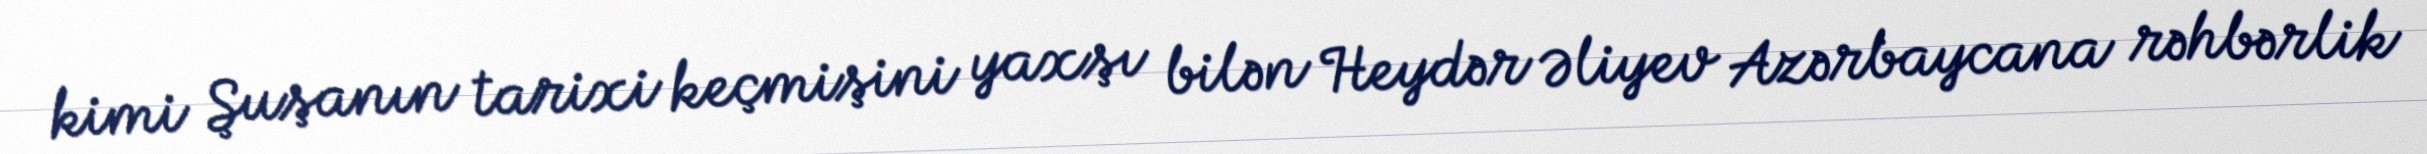
kimi Şuşanın tarixi keçmişini yaxşı bilən Heydər Əliyev Azərbaycana rəhbərlik